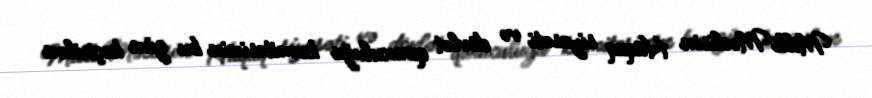
Milli Məclisin Hüquq siyasəti və dövlət quruculuğu komitəsinin bu gün keçirilən